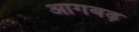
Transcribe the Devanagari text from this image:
आगबढ़